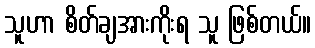
သူဟာ စိတ်ချအားကိုးရ သူ ဖြစ်တယ်။